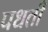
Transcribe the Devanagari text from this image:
पधती